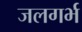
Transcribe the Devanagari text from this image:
जलगर्भ